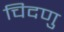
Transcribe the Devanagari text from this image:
चिदणु